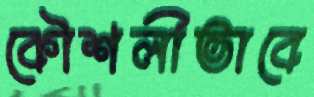
কৌশলীভাবে